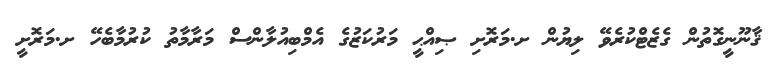
ޤާނޫނީގޮތުން ގެޒެޓްކުރެވޭ ލިޔުން ށ.މަރޮށި ޞިއްޙީ މަރުކަޒުގެ އެމްބިއުލާންސް މަރާމާތު ކުރުމާބެހޭ ށ.މަރޮށީ